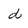
Character: d